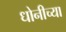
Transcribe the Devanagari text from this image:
धोनीच्या